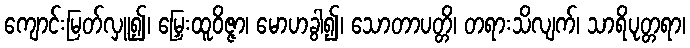
ကျောင်းမြတ်လှူ၍၊ မြှေးထူဝိဇ္ဇာ၊ မောဟခွါ၍၊ သောတာပတ္တိ၊ တရားသိလျက်၊ သာရိပုတ္တရာ၊